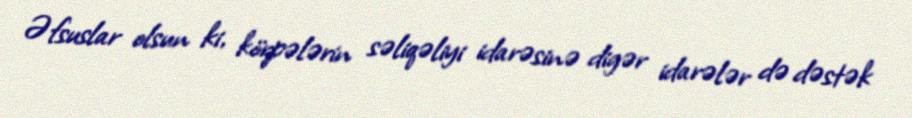
Əfsuslar olsun ki, körpələrin səliqəliyi idarəsinə digər idarələr də dəstək